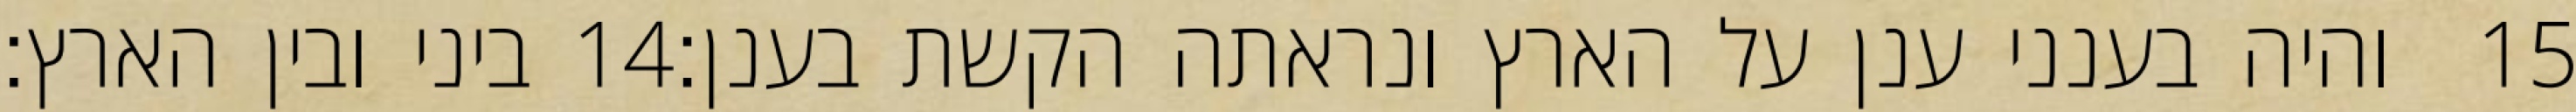
ביני ובין הארץ׃ ‎14‏ והיה בענני ענן על הארץ ונראתה הקשת בענן׃ ‎15‏